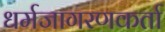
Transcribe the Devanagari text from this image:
धर्मजागरणकर्ता